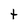
Character: t